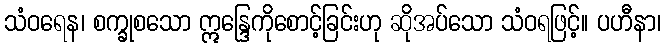
သံဝရေန၊ စက္ခုစသော ဣန္ဒြေကိုစောင့်ခြင်းဟု ဆိုအပ်သော သံဝရဖြင့်။ ပဟီနာ၊